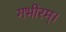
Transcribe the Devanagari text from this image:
गभीरम्।